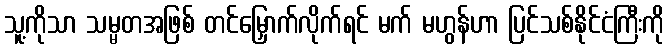
သူ့ကိုသာ သမ္မတအဖြစ် တင်မြှောက်လိုက်ရင် မက် မဟွန်ဟာ ပြင်သစ်နိုင်ငံကြီးကို